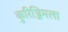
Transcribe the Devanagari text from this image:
कुरिञ्जिमला